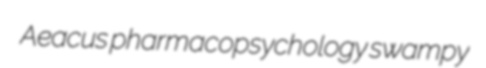
Aeacus pharmacopsychology swampy